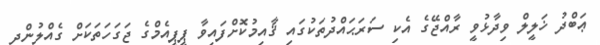
ޢަބްދު ޚަލީލް ވިދާޅުވީ ރާއްޖޭގެ އެކި ސަރަޙައްދުތަކުގައި ޤާއިމުކޮށްފައިވާ ޕީޕީއެމްގެ ޖަގަހަތަކަށް ގެއްލުންދީ